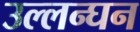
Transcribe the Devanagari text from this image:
उल्लन्घन